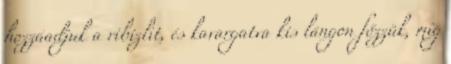
hozzáadjuk a ribizlit, és kavargatva kis lángon főzzük, míg